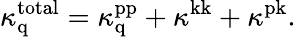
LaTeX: \kappa_{\mathrm{q}}^{\mathrm{total}}=\kappa_{\mathrm{q}}^{\mathrm{pp}}+\kappa^{\mathrm{kk}}+\kappa^{\mathrm{pk}}.